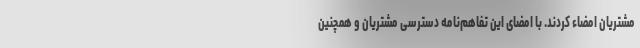
مشتریان امضاء کردند. با امضای این تفاهم‌نامه دسترسی مشتریان و همچنین